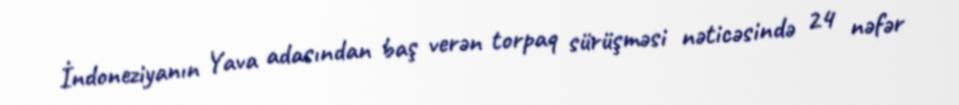
İndoneziyanın Yava adasından baş verən torpaq sürüşməsi nəticəsində 24 nəfər